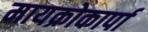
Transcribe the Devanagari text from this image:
मायक्रोकार्पा